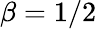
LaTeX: \beta=1/2